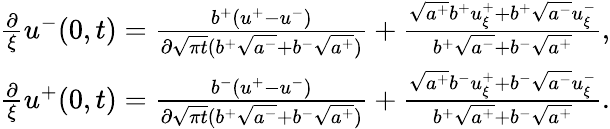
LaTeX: \begin{array}{r}{\frac{\partial}{\xi}u^{-}(0,t)=\frac{b^{+}(u^{+}-u^{-})}{\partial\sqrt{\pi t}(b^{+}\sqrt{a^{-}}+b^{-}\sqrt{a^{+}})}+\frac{\sqrt{a^{+}}b^{+}u_{\xi}^{+}+b^{+}\sqrt{a^{-}}u_{\xi}^{-}}{b^{+}\sqrt{a^{-}}+b^{-}\sqrt{a^{+}}},}\\ {\frac{\partial}{\xi}u^{+}(0,t)=\frac{b^{-}(u^{+}-u^{-})}{\partial\sqrt{\pi t}(b^{+}\sqrt{a^{-}}+b^{-}\sqrt{a^{+}})}+\frac{\sqrt{a^{+}}b^{-}u_{\xi}^{+}+b^{-}\sqrt{a^{-}}u_{\xi}^{-}}{b^{+}\sqrt{a^{+}}+b^{-}\sqrt{a^{+}}}.}\end{array}